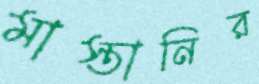
মাস্তানির